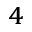
^ 4